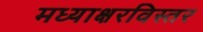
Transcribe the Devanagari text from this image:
मध्याक्षरविस्तर